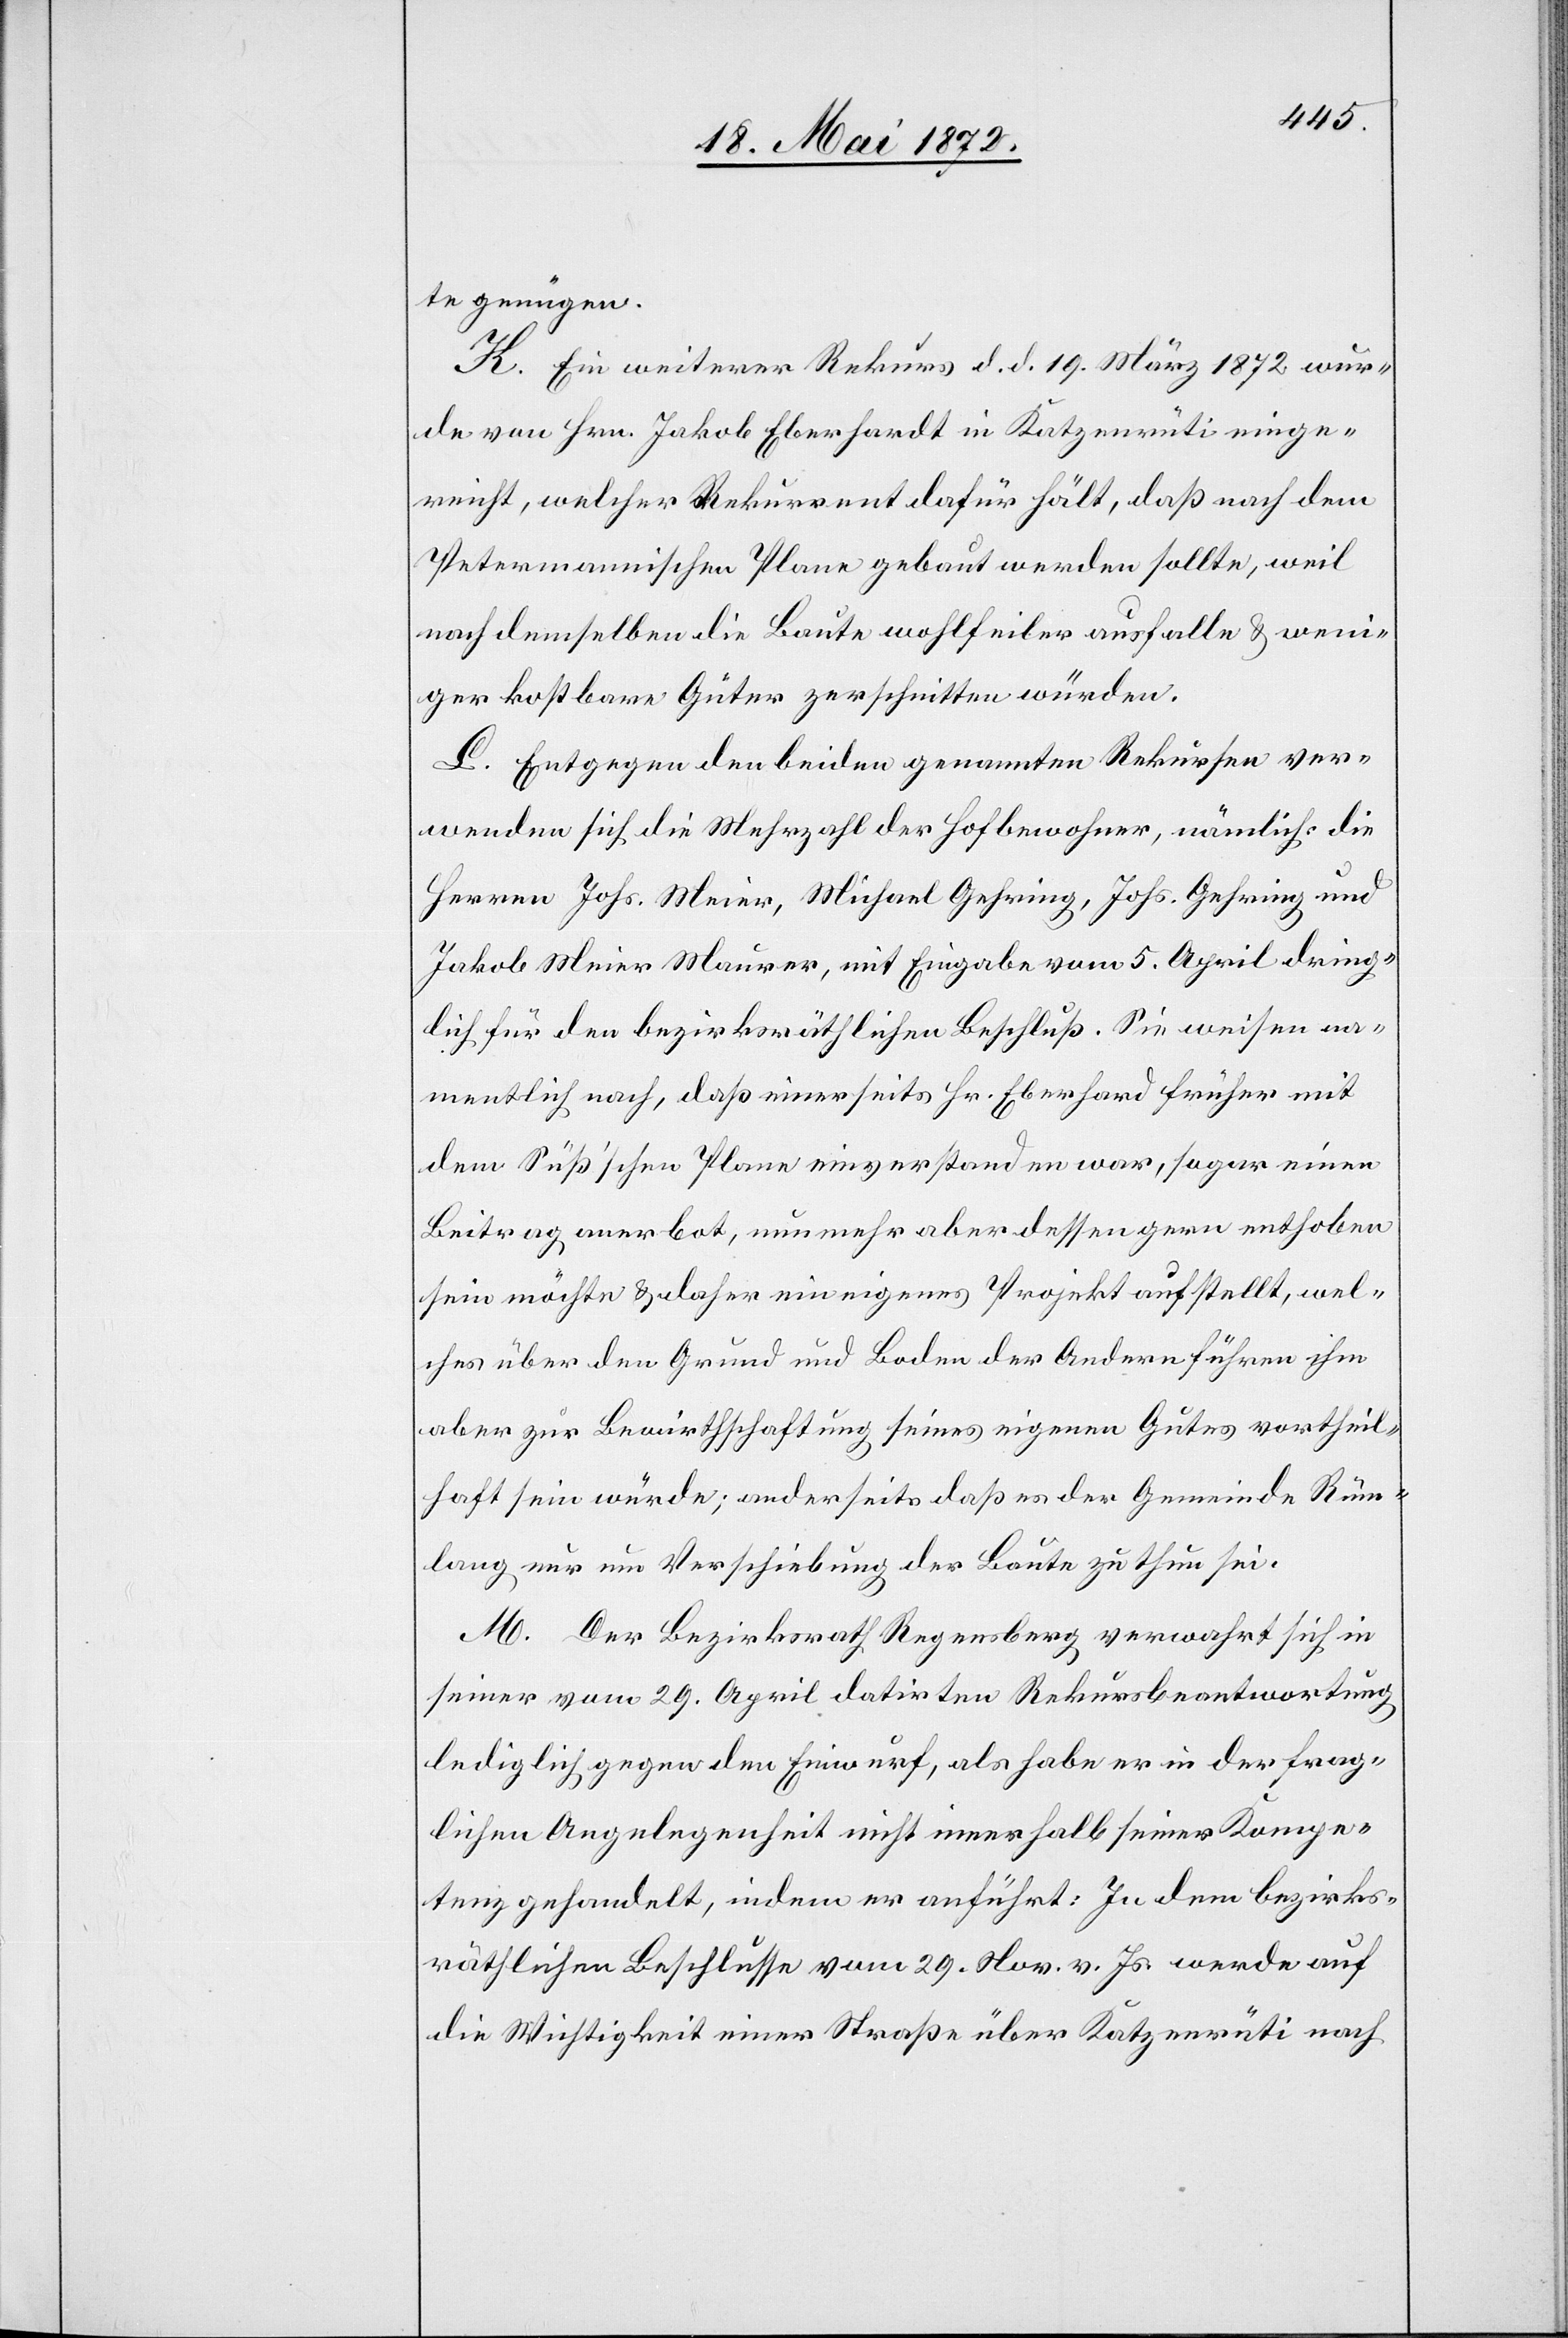
te genügen.
K. Ein weiterer Rekurs d. d. 19. März 1872 wur¬
de von Hrn. Jakob Eberhardt in Katzenrüti einge¬
reicht, welcher Rekurrent dafür hält, daß nach dem
Petermannischen Plane gebaut werden sollte, weil
nach demselben die Baute wohlfeiler ausfalle u. weni¬
ger kostbare Güter zerschnitten würden.
L. Entgegen den beiden genannten Rekursen ver¬
wenden sich die Mehrzahl der Hofbewohner, nämlich die
Herren Johs. Meier, Michael Gehring, Johs. Gehring und
Jakob Meier Maurer, mit Eingabe vom 5. April dring¬
lich für den bezirksräthlichen Beschluß. Sie weisen na¬
mentlich nach, daß einerseits Hr. Eberhard früher mit
dem Süß’schen Plane einverstanden war, sogar einen
Beitrag anerbot, nunmehr aber dessen gern enthoben
sein möchte u. daher ein eigenes Projekt aufstellt, wel¬
ches über den Grund und Boden der Andern führen ihm
aber zur Bewirthschaftung seines eigenen Gutes vortheil¬
haft sein würde; anderseits daß es der Gemeinde Rüm¬
lang nur um Verschiebung der Baute zu thun sei.
M. Der Bezirksrath Regensberg verwahrt sich in
seiner vom 29. April datirten Rekursbeantwortung
lediglich gegen den Einwurf, als habe er in der frag¬
lichen Angelegenheit nicht innerhalb seiner Kompe¬
tenz gehandelt, indem er anführt: In dem bezirks¬
räthlichen Beschlusse vom 29. Nov. v. Js. werde auf
die Wichtigkeit einer Straße über Katzenrüti nach